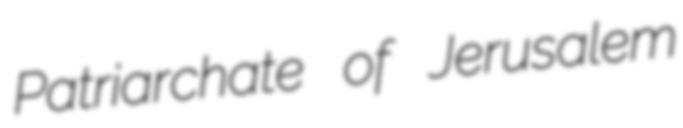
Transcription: Patriarchate of Jerusalem